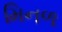
મિનળ